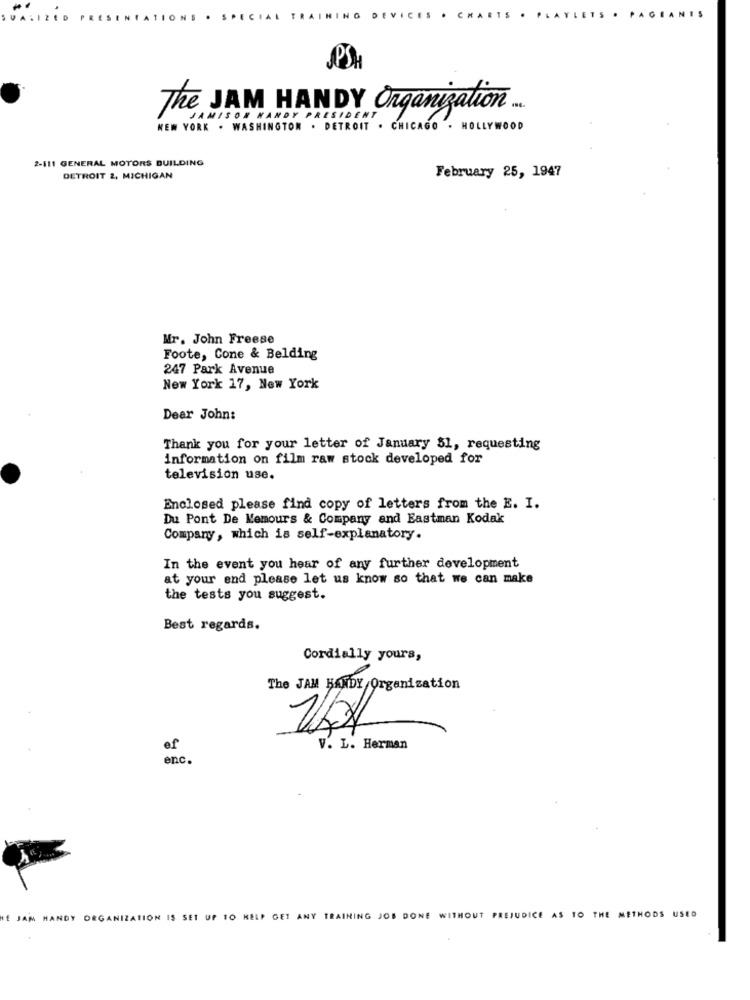
DEVI
CM
PSA
The JAM HANDY Organization ...
JAMISON HANDY PRESIDENT
NEW YORK . WASHINGTON . DETROIT . CHICAGO . HOLLYWOOD
2-111 GENERAL MOTORS BUILDING
DETROIT 2, MICHIGAN
February 25, 1947
Mr. John Freese
Foote, Cone & Belding
247 Park Avenue
New York 17, New York
Dear John:
Thank you for your letter of January $1, requesting
information on film raw stock developed for
television use.
Enclosed please find copy of letters from the E. I.
Du Pont De Nemours & Company and Eastman Kodak
Company, which is self-explanatory.
In the event you hear of any further development
at your end please let us know so that we can make
the tests you suggest.
Best regards.
Cordially yours,
The JAM HANDY/Organization
V. L. Herman
enc.
ME JAM HANDY ORGANIZATION IS SET UP TO HELP GET ANY TRAINING JOB DONE WITHOUT PREJUDICE AS TO THE METHODS USED